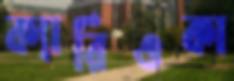
ক্যারিওকা